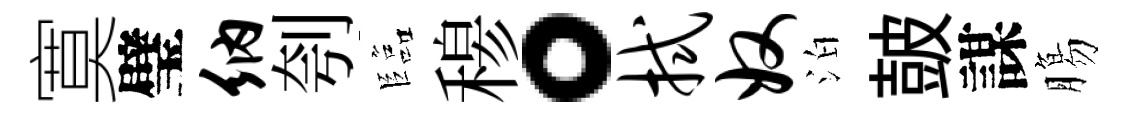
寞璧纳刳臨𥠇。拭奴泊皷謀膓